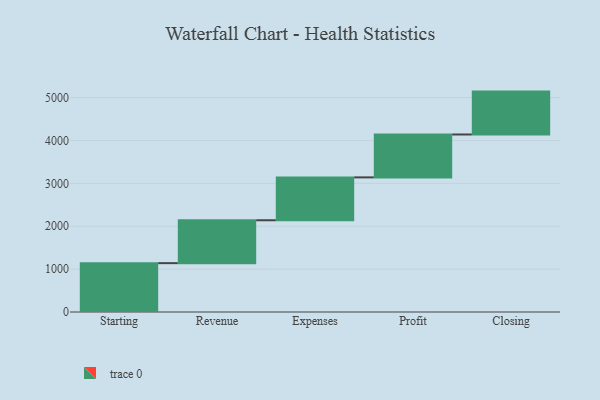
{"axis": {"x": "Step", "y": "Value"}, "legend": [""], "data": [{"x": "Starting", "y": 1139.0, "type": ""}, {"x": "Revenue", "y": 1000, "type": ""}, {"x": "Expenses", "y": 1000, "type": ""}, {"x": "Profit", "y": 1000, "type": ""}, {"x": "Closing", "y": 1000, "type": ""}]}